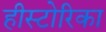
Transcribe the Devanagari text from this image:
हीस्टोरिका